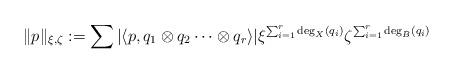
LaTeX: \begin{align*}\|p\|_{\xi,\zeta}:=\sum |\langle p,q_1\otimes q_2 \cdots\otimes q_r \rangle| \xi^{\sum_{i=1}^r \deg_X(q_i)}\zeta^{\sum_{i=1}^r\deg_{B}(q_i)}\end{align*}